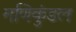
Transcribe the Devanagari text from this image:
मणिकुंडल